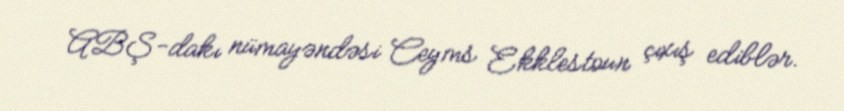
ABŞ-dakı nümayəndəsi Ceyms Ekklestoun çıxış ediblər.